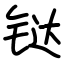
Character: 𫟼